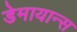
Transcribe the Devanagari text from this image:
डेमायान्स